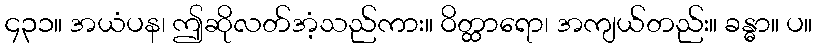
၄၃၁။ အယံပန၊ ဤဆိုလတ်အံ့သည်ကား။ ဝိတ္ထာရော၊ အကျယ်တည်း။ ခန္ဓာ။ ပ။